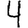
Digit: 4